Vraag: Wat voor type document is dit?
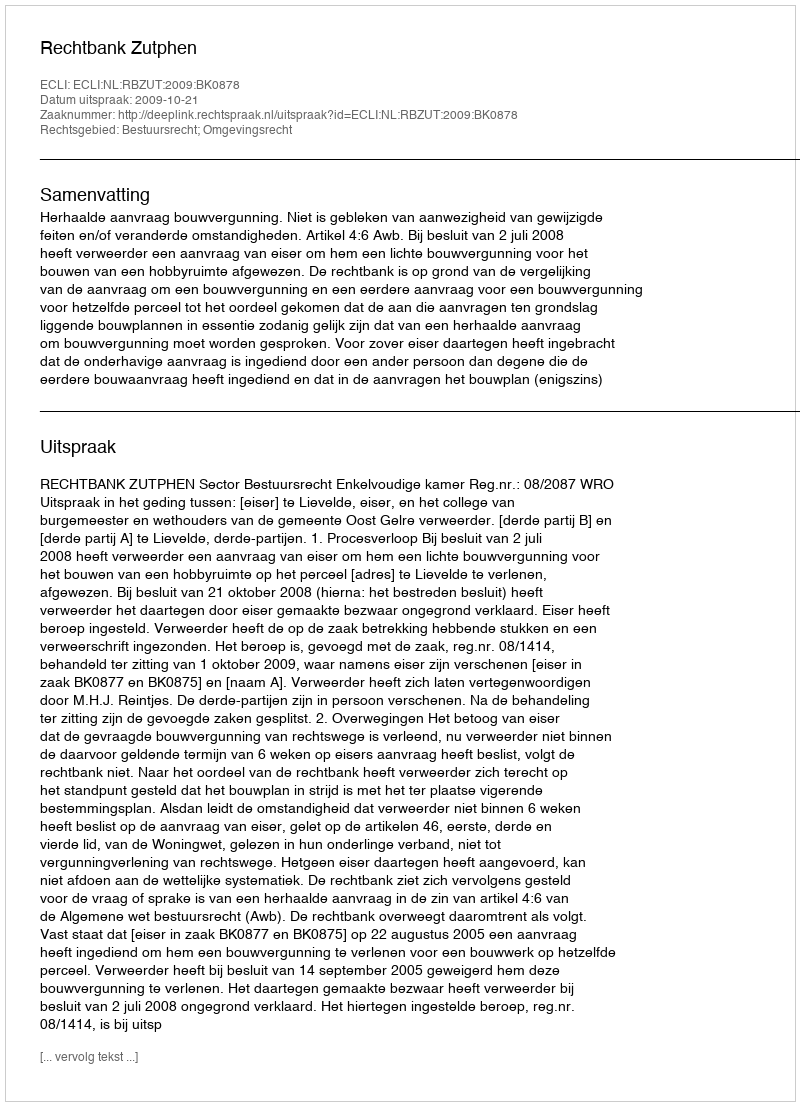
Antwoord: Uitspraak